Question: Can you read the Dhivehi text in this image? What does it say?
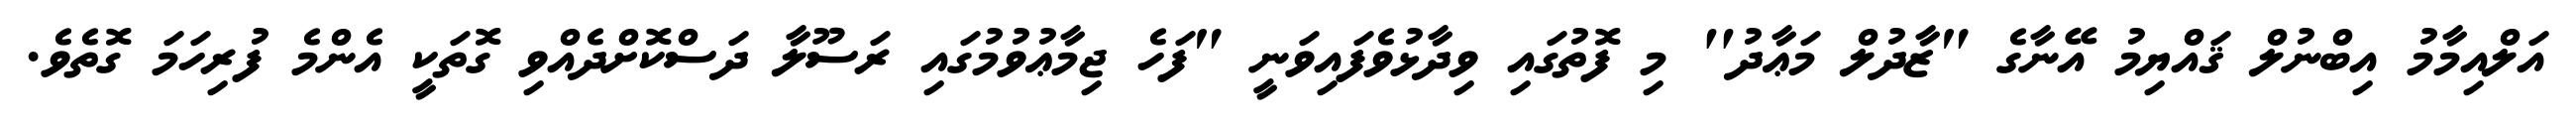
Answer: އަލްއިމާމު އިބްނުލް ޤައްޔިމު އޭނާގެ "ޒާދުލް މަޢާދު'' މި ފޮތުގައި ވިދާޅުވެފައިވަނީ "ފަހެ ޖިމާޢުވުމުގައި ރަސޫލާ ދަސްކޮށްދެއްވި ގޮތަކީ އެންމެ ފުރިހަމަ ގޮތެވެ.